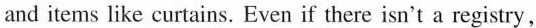
and items like curtains. Even if there isn't a registry,